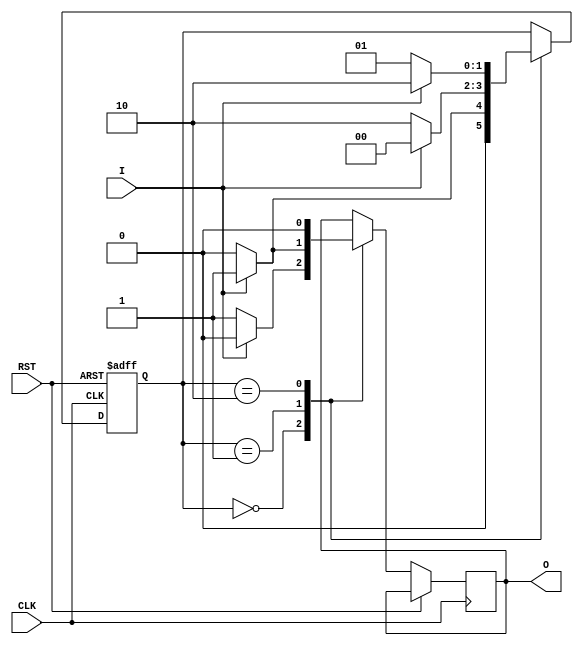
/*
 * Assignment	  : 5
 * Problem No.	  : 3
 * Semester		  : Autumn 2021 
 * Group 		  : 46
 * Name1 		  : Neha Dalmia
 * RollNumber1 	  : 19CS30055
 * Name2 		  : Rajat Bachhawat
 * RollNumber2 	  : 19CS10073
 */

`timescale 1ns / 1ps

module multiple_of_three_detector(
	input I, 
	input CLK,
	input RST,
	output reg O
	);
	/*
    S0: Modulo 3 value of bits read so far is 0 (Default State)
    S1: Modulo 3 value of bits read so far is 1
    S2: Modulo 3 value of bits read so far is 2
    */
	parameter S0 = 2'b00, S1 = 2'b01, S2 = 2'b10; 	// State encodings, FSM has 3 states
	reg[1:0] PS; 								    // PS: Present State
	always @(posedge CLK or posedge RST) begin
		if (RST) begin
			PS <= S0;					// Async reset, resets to the default state
		end
		else begin						// On clock +ve edge
			case (PS)
				S0: begin				// S0 : if modulo so far is 0
					if (I) begin		// if in S0 with I = 1: go to S1 and O = 0
						O <= 1'b0;
						PS <= S1;
					end
					else begin			// if in S0 with I = 0: go to S0 and O = 1
						O <= 1'b1;
						PS <= S0;
					end
				end
				S1:	begin				// S1 : if modulo so far is 1
					if (I) begin		// if in S1 with I = 1: go to S0 and O = 1
						O <= 1'b1;
						PS <= S0;
					end
					else begin			// if in S1 with I = 0: go to S2 and O = 0
						O <= 1'b0;
						PS <= S2;
					end
				end
                S2:	begin				// S2 : if modulo so far is 2 
					if (I) begin		// if in S2 with I = 1: go to S2 and O = 0
						O <= 1'b0;
						PS <= S2;
					end
					else begin			// if in S2 with I = 0: go to S1 and O = 0
						O <= 1'b0;
						PS <= S1;
					end
				end
			endcase
		end
	end
endmodule